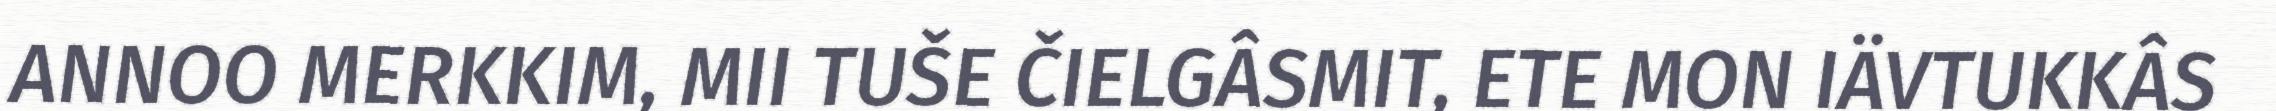
ANNOO MERKKIM, MII TUŠE ČIELGÂSMIT, ETE MON IÄVTUKKÂS